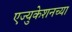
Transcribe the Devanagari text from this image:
एज्युकेशनच्या